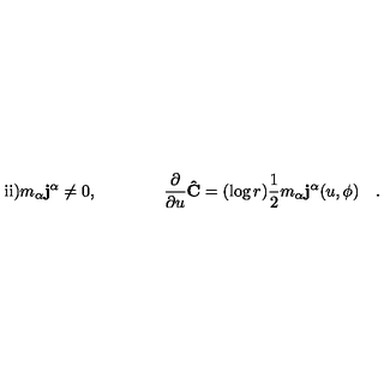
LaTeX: \mathrm { i i } ) m _ { \alpha } { \bf j ^ { \alpha } } \ne 0 , \qquad \qquad \frac { \partial } { \partial u } { \bf { \hat { C } } } = ( \log r ) \frac { 1 } { 2 } m _ { \alpha } { \bf j ^ { \alpha } } ( u , \phi ) \quad . \qquad \qquad \qquad \qquad